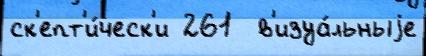
ск'епт'и́ческ'и 261  в'изуа́льныjе